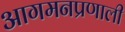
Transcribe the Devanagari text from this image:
आगमनप्रणाली